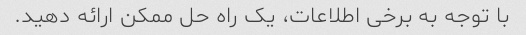
با توجه به برخی اطلاعات، یک راه حل ممکن ارائه دهید.